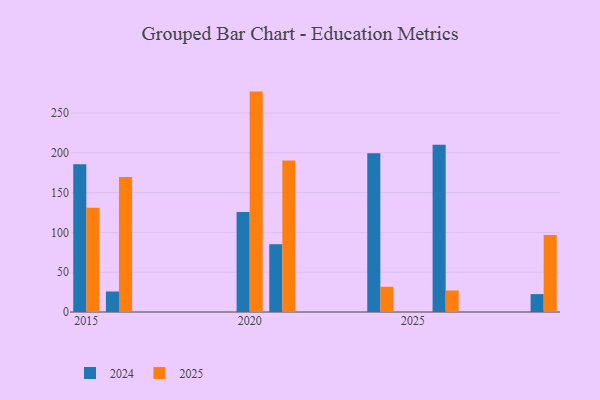
{"axis": {"x": "Year", "y": "LTV (USD)"}, "legend": ["2024", "2025"], "data": [{"x": "2015", "y": 131.0, "type": "2025"}, {"x": "2015", "y": 185.6, "type": "2024"}, {"x": "2024", "y": 31.7, "type": "2025"}, {"x": "2024", "y": 199.3, "type": "2024"}, {"x": "2020", "y": 276.9, "type": "2025"}, {"x": "2020", "y": 125.5, "type": "2024"}, {"x": "2016", "y": 169.5, "type": "2025"}, {"x": "2016", "y": 25.8, "type": "2024"}, {"x": "2029", "y": 96.8, "type": "2025"}, {"x": "2029", "y": 22.5, "type": "2024"}, {"x": "2026", "y": 27.1, "type": "2025"}, {"x": "2026", "y": 210.2, "type": "2024"}, {"x": "2021", "y": 190.3, "type": "2025"}, {"x": "2021", "y": 85.1, "type": "2024"}]}